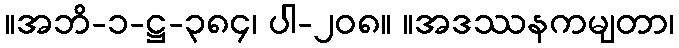
။အဘိ-၁-ဋ္ဌ-၃၈၄၊ ပါ-၂၀၈။ ။အဒဿနကမျတာ၊